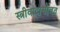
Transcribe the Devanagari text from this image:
स्त्रीवादासोबत